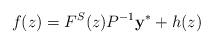
LaTeX: \begin{align*}f(z)=F^S(z)P^{-1}{\bf y}^*+h(z)\end{align*}